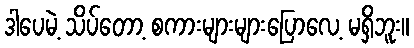
ဒါပေမဲ့ သိပ်တော့ စကားများများပြောလေ့ မရှိဘူး။